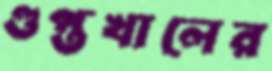
গুপ্তখালের